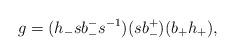
LaTeX: \begin{align*} g = (h_- s b_-^- s^{-1}) (sb_-^+) (b_+ h_+),\end{align*}